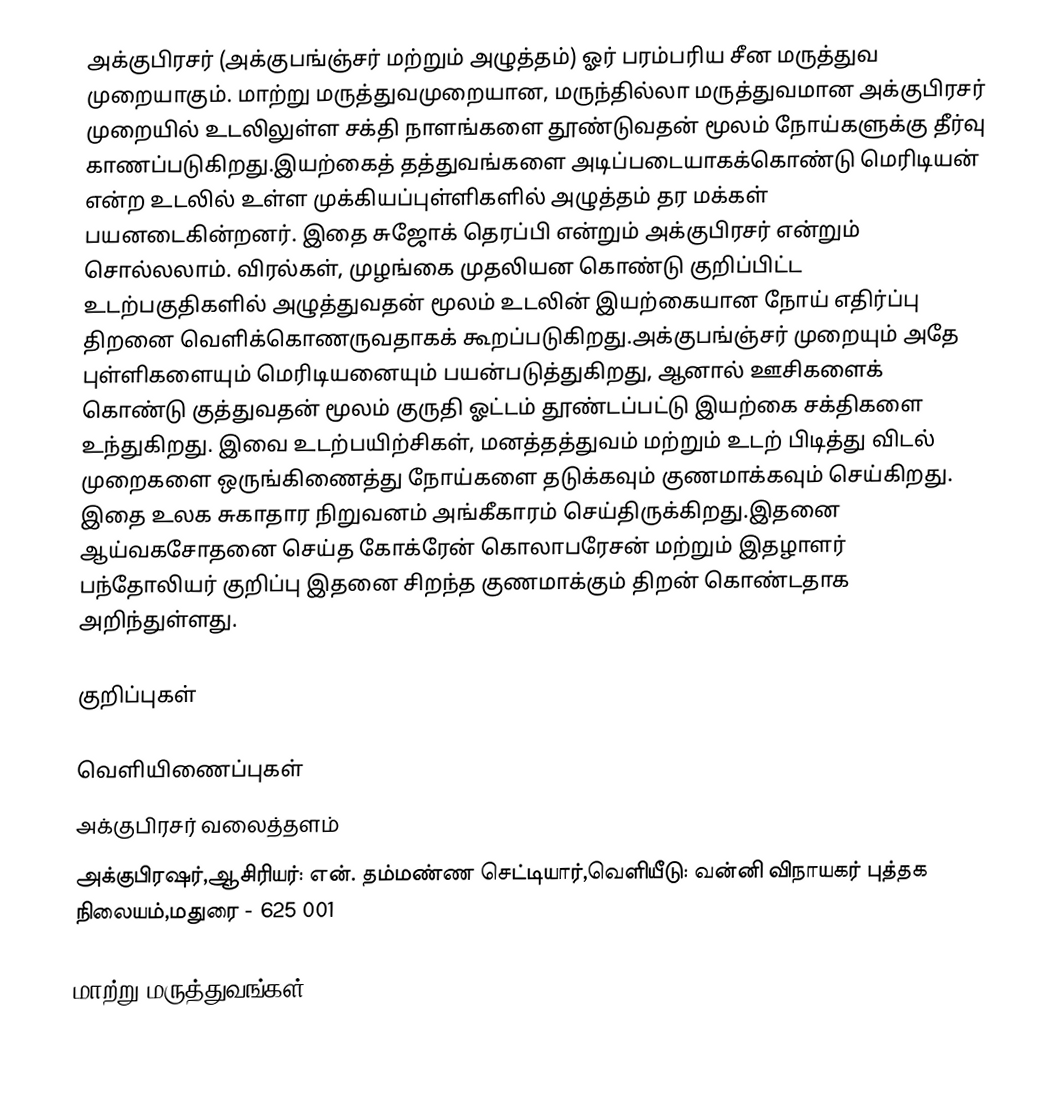
அக்குபிரசர் (அக்குபங்ஞ்சர்  மற்றும் அழுத்தம்) ஓர் பரம்பரிய சீன மருத்துவ முறையாகும். மாற்று மருத்துவமுறையான, மருந்தில்லா மருத்துவமான அக்குபிரசர் முறையில் உடலிலுள்ள சக்தி நாளங்களை தூண்டுவதன் மூலம் நோய்களுக்கு தீர்வு காணப்படுகிறது.இயற்கைத் தத்துவங்களை அடிப்படையாகக்கொண்டு  மெரிடியன்  என்ற உடலில் உள்ள முக்கியப்புள்ளிகளில்  அழுத்தம் தர  மக்கள் பயனடைகின்றனர். இதை சுஜோக் தெரப்பி என்றும்  அக்குபிரசர்  என்றும்  சொல்லலாம்.  விரல்கள், முழங்கை முதலியன கொண்டு குறிப்பிட்ட உடற்பகுதிகளில் அழுத்துவதன் மூலம் உடலின் இயற்கையான நோய் எதிர்ப்பு திறனை வெளிக்கொணருவதாகக் கூறப்படுகிறது.அக்குபங்ஞ்சர் முறையும் அதே புள்ளிகளையும் மெரிடியனையும்  பயன்படுத்துகிறது, ஆனால் ஊசிகளைக் கொண்டு குத்துவதன் மூலம் குருதி ஓட்டம் தூண்டப்பட்டு இயற்கை சக்திகளை உந்துகிறது. இவை உடற்பயிற்சிகள், மனத்தத்துவம் மற்றும் உடற் பிடித்து விடல் முறைகளை ஒருங்கிணைத்து நோய்களை தடுக்கவும் குணமாக்கவும் செய்கிறது. இதை  உலக சுகாதார நிறுவனம் அங்கீகாரம் செய்திருக்கிறது.இதனை ஆய்வகசோதனை செய்த கோக்ரேன் கொலாபரேசன் மற்றும் இதழாளர் பந்தோலியர் குறிப்பு இதனை சிறந்த குணமாக்கும் திறன் கொண்டதாக அறிந்துள்ளது.

குறிப்புகள்

வெளியிணைப்புகள்
அக்குபிரசர் வலைத்தளம்
 அக்குபிரஷர்,ஆசிரியர்:  என். தம்மண்ண செட்டியார்,வெளியீடு: வன்னி விநாயகர் புத்தக நிலையம்,மதுரை - 625 001

மாற்று மருத்துவங்கள்